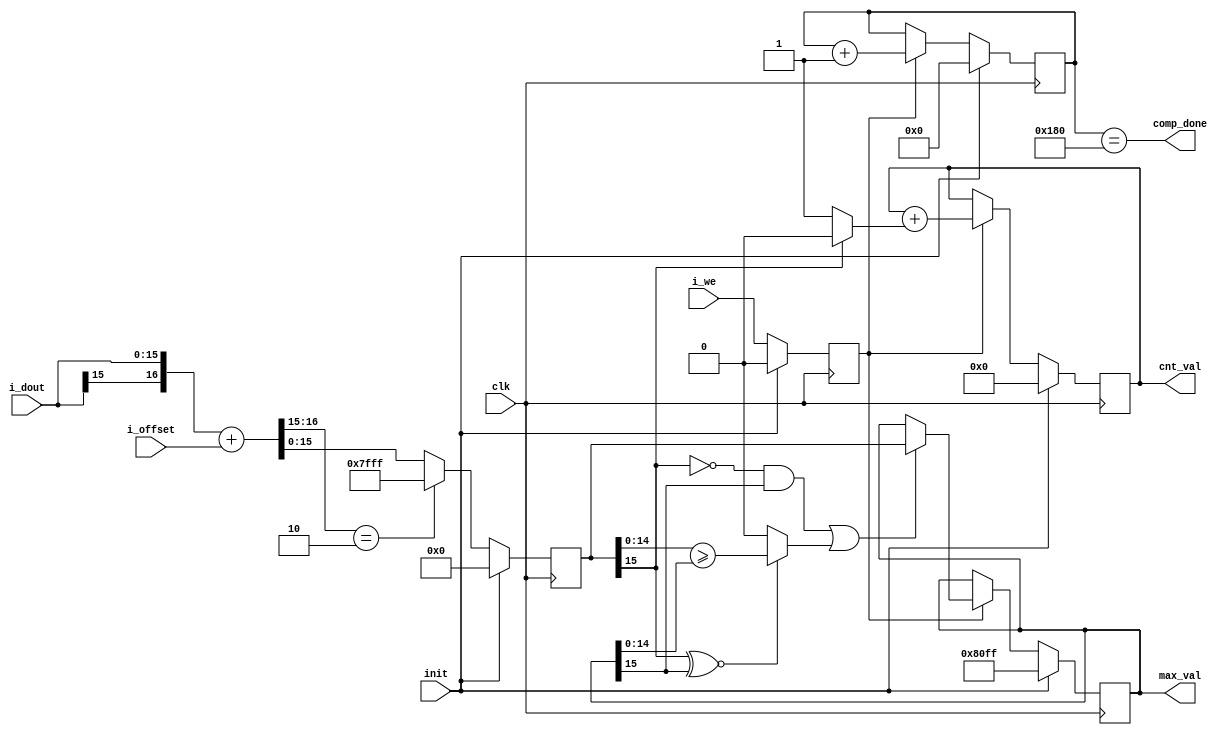
//================================================================================
// Project : ML - Human Detection Post Processing
//
// Document: Post processing of human detection 
// Language: Verilog HDL
//================================================================================
// History :
//
// Apr. 20, 2018 - Started from the post processing for speed signal detection
// Sept. 10, 2018 - Changed name for Human Presence Demo (kw)
//================================================================================

//================================================================================
//================================================================================
//================================================================================
module HP_Post_Processing #(parameter num_layer=4) (
    input                clk,              // 
    input                init,             // Active high init; one cycle pulse when ML engine starts
    input                i_we,             // Active high write enable/valid of output data
    input      [ 15 : 0] i_dout,           // 16b data (blob/activation) from the last layer
    input      [ 15 : 0] i_offset,
    output               comp_done,        // Computation is done (stay high till init comes in)
    output reg [ 15 : 0] max_val,          // max value (12b fraction)
    output reg [  8 : 0] cnt_val
);
    //================================================================================
    // Internal signals
    //================================================================================
    reg    [15 : 0] val;                  //
    reg             valid;                //
    reg    [11 : 0] cnt_384;              // 6*8*8 or 6*4*4

    wire   [16 : 0] w_add;

    assign w_add = {i_dout[15], i_dout} + {1'b0, i_offset};

    //================================================================================
    //================================================================================
    //================================================================================
    always @(posedge clk) // Just a pipeline stage for timing
        if(init) begin
	    valid <=  1'b0;
	    val   <= 16'b0;
	end else begin
	    valid <= i_we;
	    val   <= (w_add[16:15] == 2'b10) ? 16'h7fff : w_add[15:0];
	end

    always @(posedge clk)
        if(init) begin
	    max_val <= 16'h80ff; // -32513
	    cnt_384 <= 12'd0;
	    cnt_val <= 9'd0;
	end else if(valid) begin
	    if(fixed_lte(val, max_val)) begin
		max_val <= val;
	    end
	    cnt_384 <= cnt_384 + 1;
	    cnt_val <= cnt_val + (val[15] ? 9'd0 : 9'd1);
	end

    assign comp_done = cnt_384 == (num_layer == 4 ? 12'd384 : 12'd96);

    //================================================================================
    // Fixed point comparison - left value >= right value
    //================================================================================
    function fixed_lte;
        input [15 : 0] lval;
	input [15 : 0] rval;
    begin
        fixed_lte = (!lval[15] && rval[15]                                  ) || // pos >= neg
	            ( lval[15] ~^ rval[15] ? lval[14:0] >= rval[14:0] : 1'b0);   // same polarity, large is larger
		                                                                 // diff polarity (neg, pos)
    end endfunction
endmodule
//================================================================================
// End of file
//================================================================================